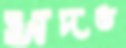
সদম্ভ